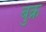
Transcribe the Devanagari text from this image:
बुक्र